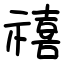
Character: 禧